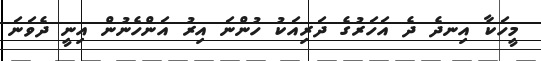
މީހަކާ އިނދެ ދެ އަހަރުގެ ދަރިއަކު ހުންނަ އިރު އަންހެނުން އިނީ ދެވަނަ